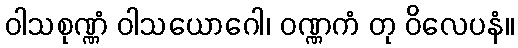
ဝါသစုဏ္ဏံ ဝါသယောဂေါ၊ ဝဏ္ဏကံ တု ဝိလေပနံ။